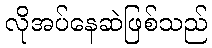
လိုအပ်နေဆဲဖြစ်သည်